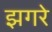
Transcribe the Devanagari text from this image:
झगरे